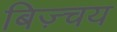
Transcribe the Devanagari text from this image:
बिज़्चय